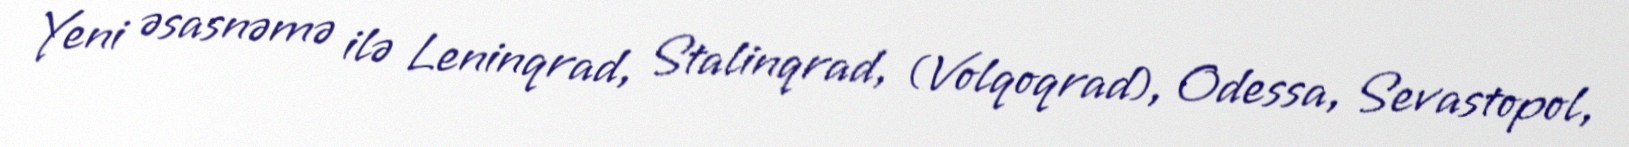
Yeni əsasnəmə ilə Leninqrad, Stalinqrad, (Volqoqrad), Odessa, Sevastopol,